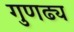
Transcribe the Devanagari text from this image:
गुणढ्य